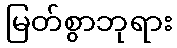
မြတ်စွာဘုရား